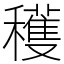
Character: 穫